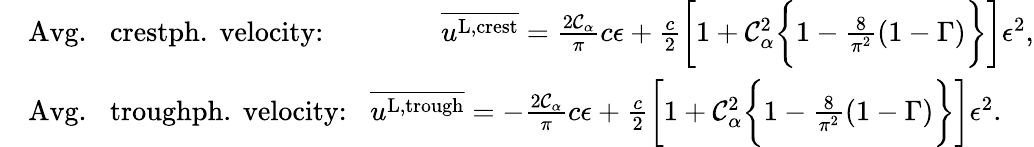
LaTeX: \begin{array}{rl}&{\textrm{Avg.\, \, crestph.\, velocity:\, \, \, \, \, \, \, \, \, \, }\overline{{u^{\textnormal{L,crest}}}}=\frac{2\mathcal{C}_{\alpha}}{\pi}c\epsilon+\frac{c}{2}\bigg[1+\mathcal{C}_{\alpha}^{2}\bigg\{ 1-\frac{8}{\pi^{2}}(1-\Gamma)\bigg\} \bigg]\epsilon^{2},}\\ &{\textrm{Avg.\, \, troughph.\, velocity:\, \, }\overline{{u^{\textnormal{L,trough}}}}=-\frac{2\mathcal{C}_{\alpha}}{\pi}c\epsilon+\frac{c}{2}\bigg[1+\mathcal{C}_{\alpha}^{2}\bigg\{ 1-\frac{8}{\pi^{2}}(1-\Gamma)\bigg\} \bigg]\epsilon^{2}.}\end{array}